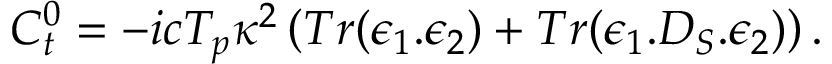
C _ { t } ^ { 0 } = { - i c T _ { p } \kappa ^ { 2 } } \left( T r ( \epsilon _ { 1 } . \epsilon _ { 2 } ) + T r ( \epsilon _ { 1 } . D _ { S } . \epsilon _ { 2 } ) \right) .